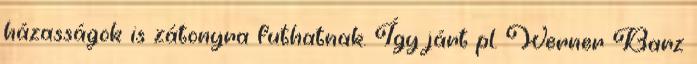
házasságok is zátonyra futhatnak. Így járt pl. Werner Barz